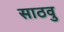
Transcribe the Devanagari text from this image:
साठवु